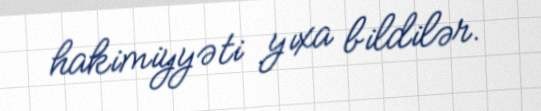
hakimiyyəti yıxa bildilər.